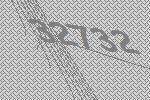
32732